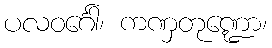
ပလဝင်္ဂေါ၊ ကဏှတုဏ္ဍော၊